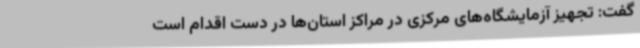
گفت: تجهیز آزمایشگاه‌های مرکزی در مراکز استان‌ها در دست اقدام است